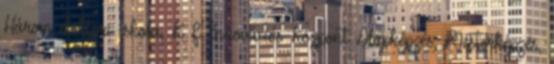
Három doktori iskola, K F Innovációs Központ Alapképzés, Mesterképzés,